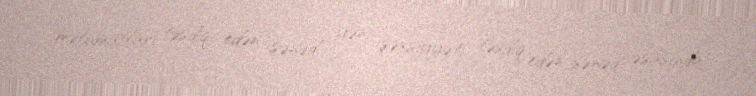
məlumatları təsdiq edən sənəd, yəni şəxsiyyəti təsdiq edən sənəd əsasında